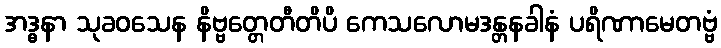
အဒ္ဓနာ သုခဝသေန နိဗ္ဗတ္တေတီတိပိ ကေသလောမဒန္တနခါနံ ပရိဏာမေတဗ္ဗံ